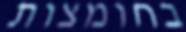
בחומצות